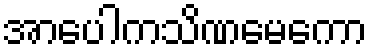
အာပေါကသိဏမေကော